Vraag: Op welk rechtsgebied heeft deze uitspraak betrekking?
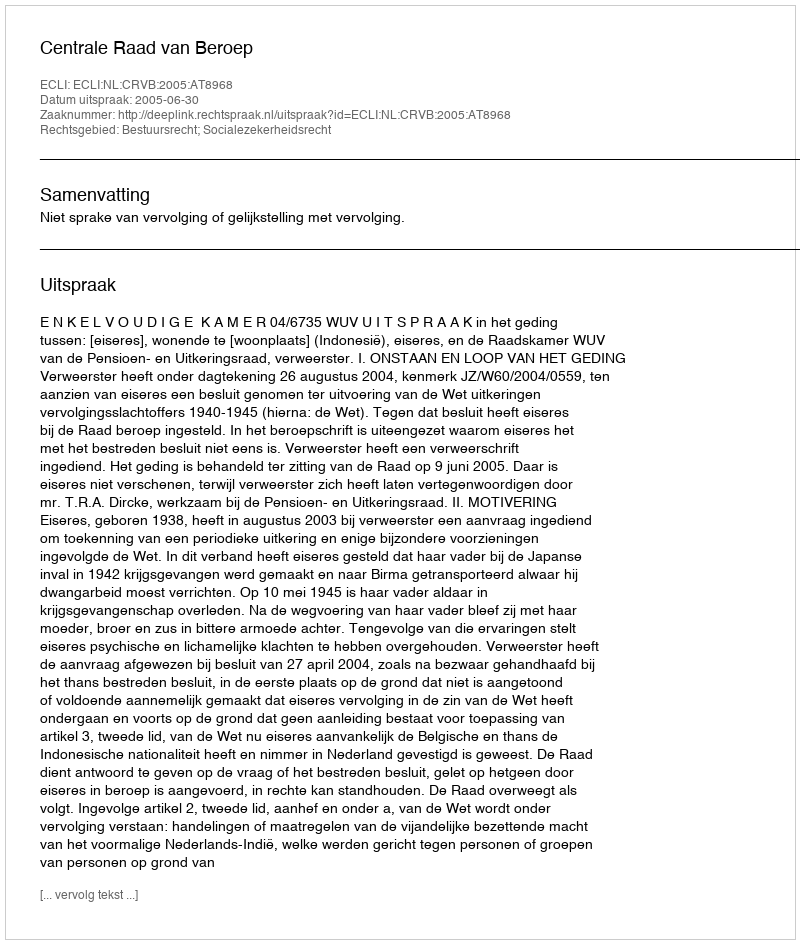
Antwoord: Bestuursrecht; Socialezekerheidsrecht